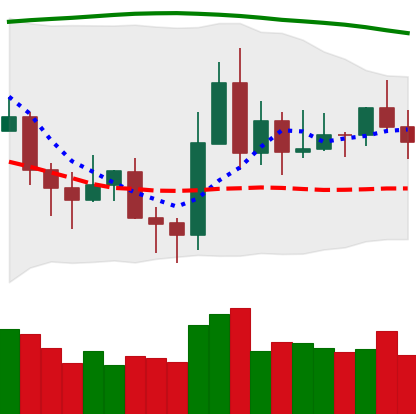
Ticker: XLM-USD
Chart end date: 2020-11-15
Forward return: 9.98%
Label: up_7plus